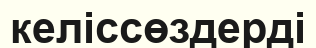
келіссөздерді